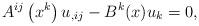
LaTeX: \begin{align*}A^{ij}\left( x^{k}\right) u_{,ij}-B^{k}(x)u_{k}=0, \end{align*}